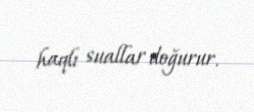
haqlı suallar doğurur.